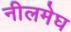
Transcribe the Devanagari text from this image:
नीलमेघ